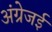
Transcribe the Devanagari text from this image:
अंग्रेजई